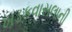
ખડકવાસલાની